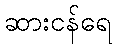
ဆားငန်ရေ